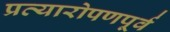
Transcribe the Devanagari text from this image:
प्रत्यारोपणपूर्व